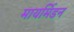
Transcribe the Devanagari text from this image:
मायर्मिडन